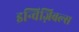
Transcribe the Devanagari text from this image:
इन्विज़िबल्स